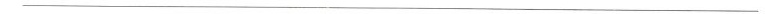
___